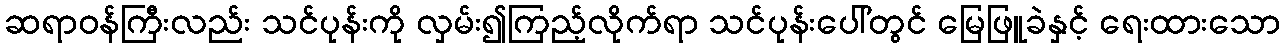
ဆရာဝန်ကြီးလည်း သင်ပုန်းကို လှမ်း၍ကြည့်လိုက်ရာ သင်ပုန်းပေါ်တွင် မြေဖြူခဲနှင့် ရေးထားသော